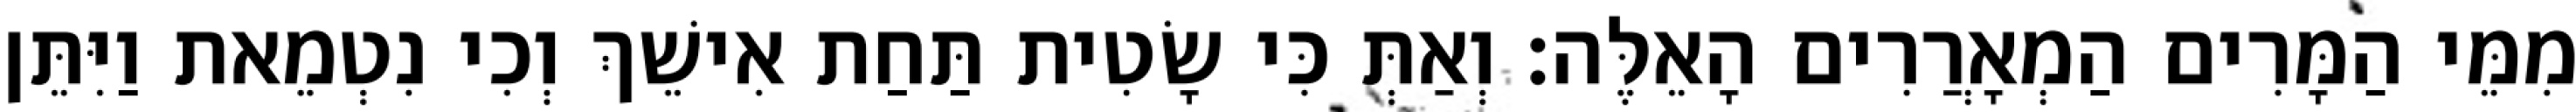
מִמֵּי הַמָּרִים הַמְאָרֲרִים הָאֵלֶּה׃ וְאַתְּ כִּי שָׂטִית תַּחַת אִישֵׁךְ וְכִי נִטְמֵאת וַיִּתֵּן